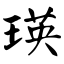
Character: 瑛